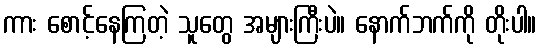
ကား စောင့်နေကြတဲ့ သူတွေ အများကြီးပဲ။ နောက်ဘက်ကို တိုးပါ။